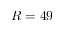
R = 4 9